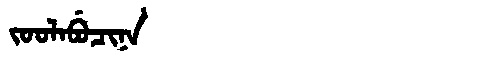
Manchu: ᠵᠣᠣᠯᠠᠪᡠᠴᡳᠨᠠ
Romanization: JOOLABUCINA